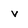
Character: v